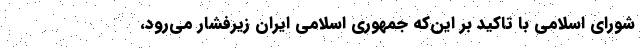
شورای اسلامی با تاکید بر این‌که جمهوری اسلامی ایران زیرفشار می‌رود،